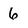
Character: 6